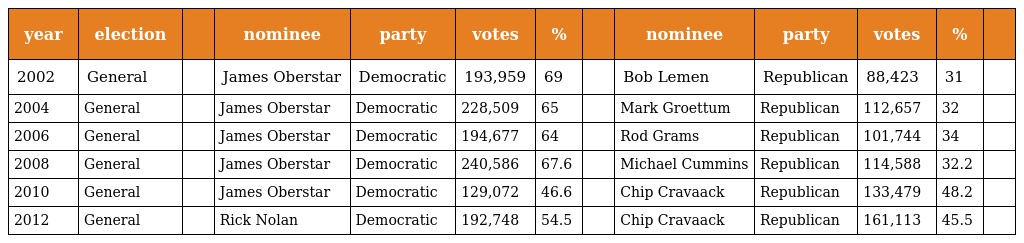
| year | election |  | nominee | party | votes | % |  | nominee | party | votes | % |  |
 | --- | --- | --- | --- | --- | --- | --- | --- | --- | --- | --- | --- | --- |
 | 2002 | General |  | James Oberstar | Democratic | 193,959 | 69 |  | Bob Lemen | Republican | 88,423 | 31 |  |
 | 2004 | General |  | James Oberstar | Democratic | 228,509 | 65 |  | Mark Groettum | Republican | 112,657 | 32 |  |
 | 2006 | General |  | James Oberstar | Democratic | 194,677 | 64 |  | Rod Grams | Republican | 101,744 | 34 |  |
 | 2008 | General |  | James Oberstar | Democratic | 240,586 | 67.6 |  | Michael Cummins | Republican | 114,588 | 32.2 |  |
 | 2010 | General |  | James Oberstar | Democratic | 129,072 | 46.6 |  | Chip Cravaack | Republican | 133,479 | 48.2 |  |
 | 2012 | General |  | Rick Nolan | Democratic | 192,748 | 54.5 |  | Chip Cravaack | Republican | 161,113 | 45.5 |  |